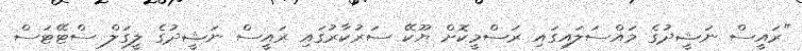
"ރައީސް ނަޝީދުގެ މައްސަލައިގައި ރަސްމީކޮށް ޔޫކޭ ސަރުކާރުގައި ރައީސް ނަޝީދުގެ ލީގަލް ސްޓޭޓަސް